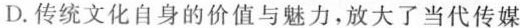
D.传统文化自身的价值与魅力，放大了当代传媒